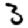
Digit: 3